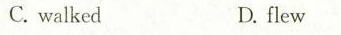
C. walkedD.flew